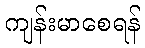
ကျန်းမာစေရန်